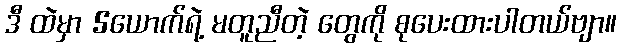
ဒီ ထဲမှာ 5ယောက်ရဲ့ မတူညီတဲ့ တွေကို စုပေးထားပါတယ်ဗျာ။